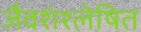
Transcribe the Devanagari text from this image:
जैवशंश्लेषित